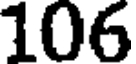
106